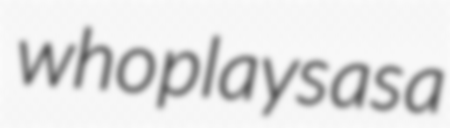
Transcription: who plays as a